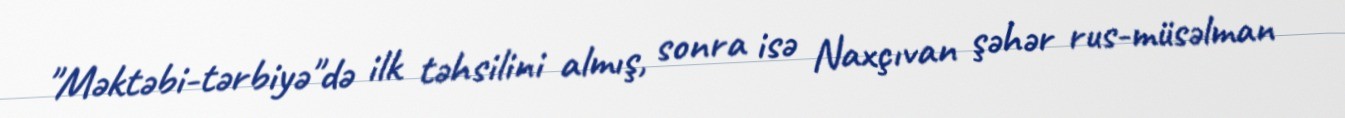
"Məktəbi-tərbiyə"də ilk təhsilini almış, sonra isə Naxçıvan şəhər rus-müsəlman